Indian journal of veterinary science and animal husbandry - Volume 6,
Year: 1936
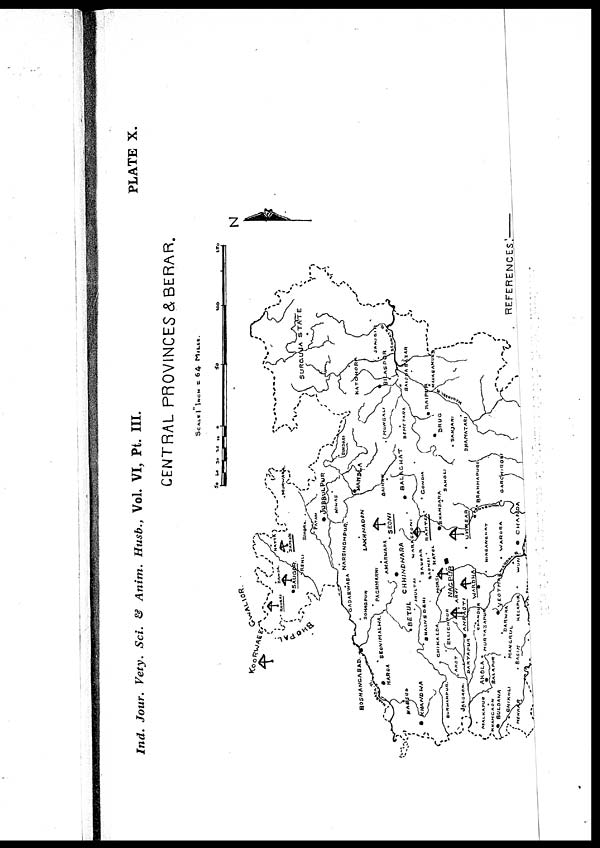
Ind. Jour. Vety. Sci. & Anim. Husb., Vol. VI, Pt. III.
PLATE X.